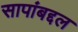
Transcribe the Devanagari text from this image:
सापांबद्दल